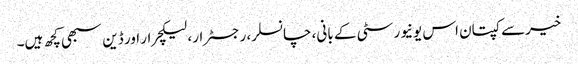
خیرسے کپتان اس یونیورسٹی کے بانی، چانسلر، رجسٹرار، لیکچرار اور ڈین سبھی کچھ ہیں۔